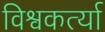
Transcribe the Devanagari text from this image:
विश्वकर्त्या